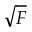
\sqrt { F }